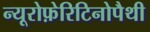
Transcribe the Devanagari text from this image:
न्यूरोफ़ेरिटिनोपैथी